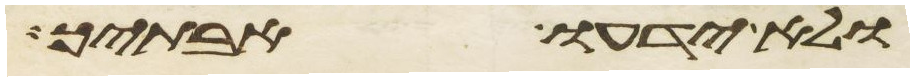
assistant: ולא ידעו אבתיך